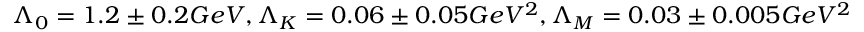
\Lambda _ { 0 } = 1 . 2 \pm 0 . 2 G e V , \Lambda _ { K } = 0 . 0 6 \pm 0 . 0 5 G e V ^ { 2 } , \Lambda _ { M } = 0 . 0 3 \pm 0 . 0 0 5 G e V ^ { 2 }